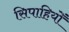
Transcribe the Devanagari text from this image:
सिपाहियोँ